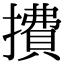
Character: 㩌